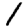
Digit: 1